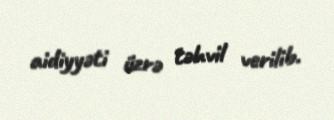
aidiyyəti üzrə təhvil verilib.